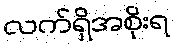
လက်ရှိအစိုးရ